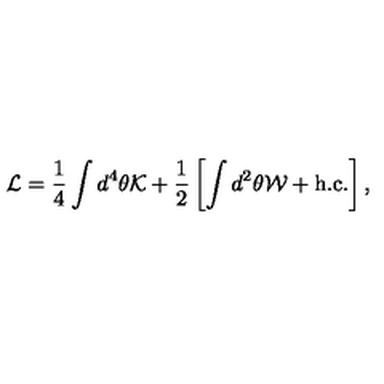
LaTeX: { \cal L } = \frac { 1 } { 4 } \int d ^ { 4 } \theta { \cal K } + \frac { 1 } { 2 } \left[ \int d ^ { 2 } \theta { \cal W } + \mathrm { h . c . } \right] ,